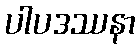
ပါပဒဿနာ